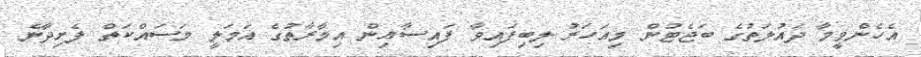
އެހެންވީމާ ދައުލަތުގެ ބަޖެޓުން މިއަހަރު ލިބިފައިވާ ފައިސާއިން އިމާރާތުގެ އަމަލީ މަސައްކަތް ފެށިދާނެ